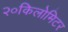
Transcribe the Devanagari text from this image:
२०किलोमिटर